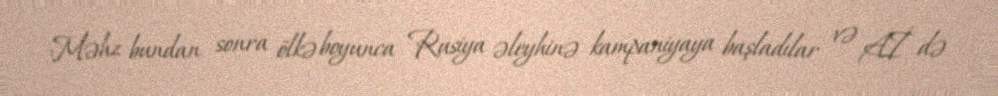
Məhz bundan sonra ölkə boyunca Rusiya əleyhinə kampaniyaya başladılar və Aİ də